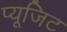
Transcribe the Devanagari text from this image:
प्यूजिट